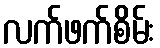
လက်ဖက်စိမ်း